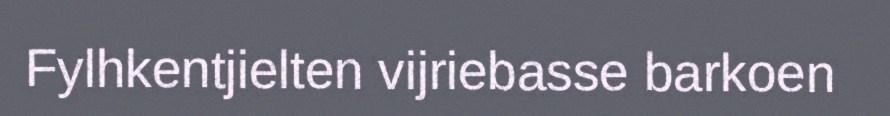
Fylhkentjielten vijriebasse barkoen